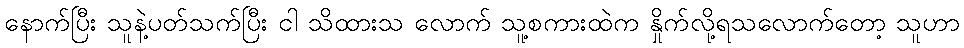
နောက်ပြီး သူနဲ့ပတ်သက်ပြီး ငါ သိထားသ လောက် သူ့စကားထဲက နှိုက်လို့ရသလောက်တော့ သူဟာ